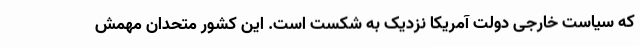
که سیاست خارجی دولت آمریکا نزدیک به شکست است. این کشور متحدان مهمش